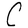
Character: C